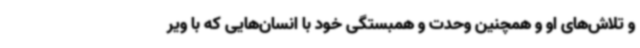
و تلاش‌های او و همچنین وحدت و همبستگی خود با انسان‌هایی که با ویر